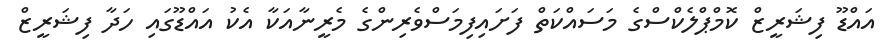
އައްޑޫ ފިޝަރީޒް ކޮމްޕްލެކްސްގެ މަސައްކަތް ފަށައިފިމަސްވެރިންގެ މެރީނާއަކާ އެކު އައްޑޫގައި ހަދާ ފިޝަރީޒް